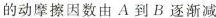
的动摩擦因数由A到B逐渐减